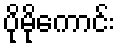
ပိုမိုကောင်း